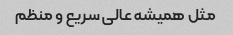
مثل همیشه عالی سریع و منظم